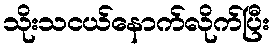
သိုးသငယ်နောက်လိုက်ပြီး